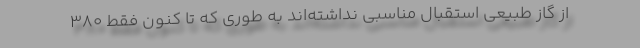
از گاز طبیعی استقبال مناسبی نداشته‌اند به طوری که تا کنون فقط ۳۸۰